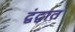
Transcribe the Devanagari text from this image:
द्वंद्वात